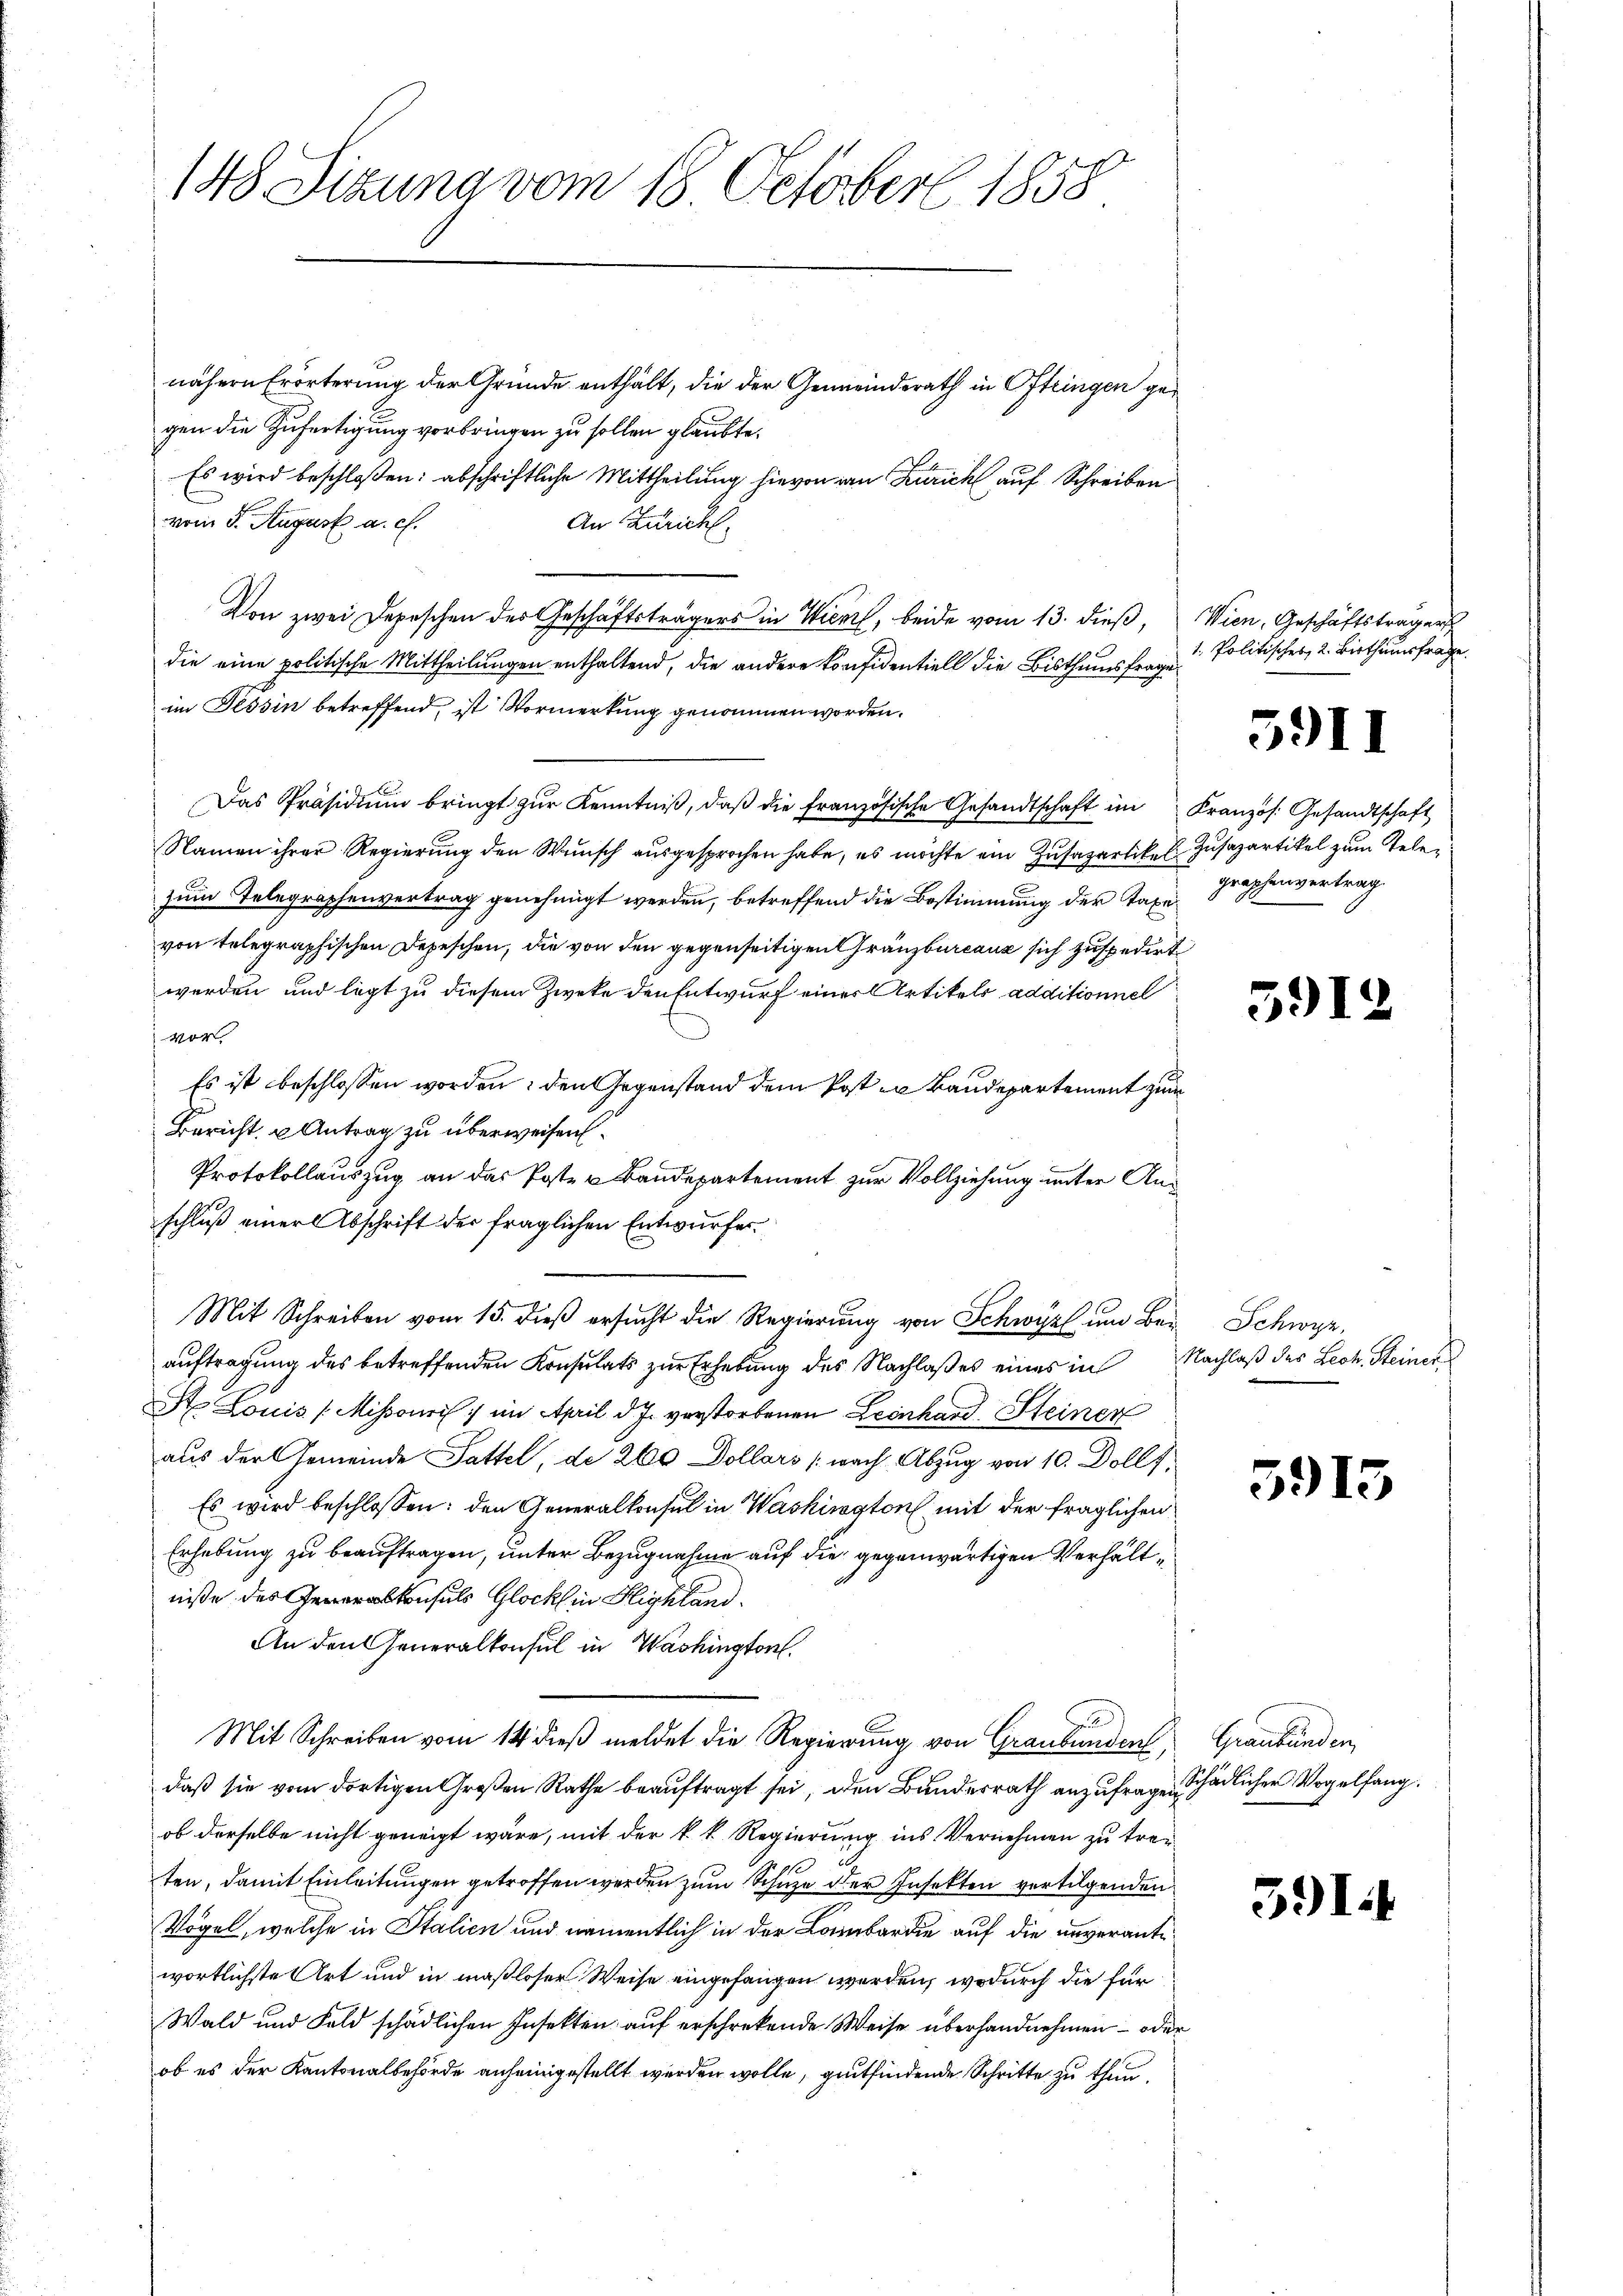
148 Sitzung vom 18. October 1858

nähern Erörterung der Gründe enthält, die der Gemeindsrath in Oftringen gegen die Zufertigung vorbringen zu sollen glaubte.
Es wird beschloßen: abschriftliche Mittheilung hievon van Zürich auf Schreiben
vom 5. August a. c.
An Zürich.
Von zwei Depeschen des Geschäftsträgers in Wiere, beide vom 13. dieß,
die eine politische Mittheilungen enthaltend, die andere konfidentiell die Bisthumsfrage
im Tessin betreffend, ist Vormerkung genommen worden.
Das Präsidiŭm bringt zŭr Kenntniβ, daβ die französische Gesandtschaft im Kranzös. Gesandtschaft
Namen ihrer Regierung den Wunsch ausgesprochen habe, es möchte ein Zusapartikel Zusazartikel zum Telezum Telegraphenvertrag genehmigt werden, betreffend die Bestimmung der Taxe
von telegraphischen Depeschen, die von den gegenseitigen Gränzbureaus sich zuspedirt
werden und legt zu diesem Zweke den Entwurf einer Artikels additionnel
vor
Es ist beschlossen worden: den Gegenstand dem Post zu Baudepartement zum
Bericht u Antrag zu überweisen.
Protokollauszug an das Poste u Baudepartement zur Vollziehung unter An¬
.
schluß einer Abschrift der fraglichen Entwurfes
Mit Schreiben vom 15. dieß ersucht die Regierung von Schwyz um Beiauftragung des betreffenden Konsulats zur Erhebung des Nachlaßes eines in Nachlaß des Leck. Steiner¬
St. Louis (Mihsouri :/ im April d. J. verstorbenen Leonhard Steiner
aus der Gemeinde Sattel, de 260 Dollars (nach Abzug von 10. Dollf
Es wird beschlossen: den Generalkonsul in Washington mit der fraglichen
Erhebung zu beauftragen, unter Bezugnahme auf die gegenwärtigen Verhältniße des konsuls Glock in Highland.
An den Generalkonsul in Washington
Mit Schreiben vom 14 dieß meldet die Regierung von Graubünden,
daß sie vom dortigen Großen Rathe beauftragt sei, den Bundesrath anzufragen, Schädlicher Vogelfang.
ob derselbe nicht geneigt wäre, mit der k. k. Regierung ins Vernehmen zu treiten, damit Einleitungen getroffen werden zum Schuze der Insekten vertilgenden
Vogel, welche in Italien und namentlich in der Lombardie auf die unverantewortlichste Art und in maßloser Weise eingefangen werden, wodurch die für
Wald und Feld schädlichen Insekten auf erschrekende Weise überhandnehmen – oder
ob es der Kantonalbehörde anheinigestellt werden wolle, gutfindende Schritte zu thun.

Wien, Geschäftsträger
1. Politisches, 2. Bisthumsfrage.

5911

graphenvertrag

59)

Schwyz,

391

Graubünden,

391.